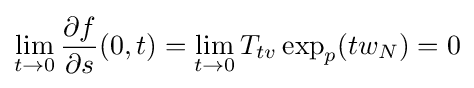
\lim _{t\rightarrow 0}{\frac {\partial f}{\partial s}}(0,t)=\lim _{t\rightarrow 0}T_{tv}\exp _{p}(tw_{N})=0